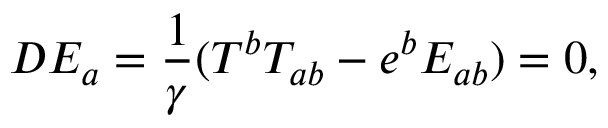
D { \cal E } _ { a } = \frac { 1 } { \gamma } ( T ^ { b } { \cal T } _ { a b } - e ^ { b } { \cal E } _ { a b } ) = 0 ,